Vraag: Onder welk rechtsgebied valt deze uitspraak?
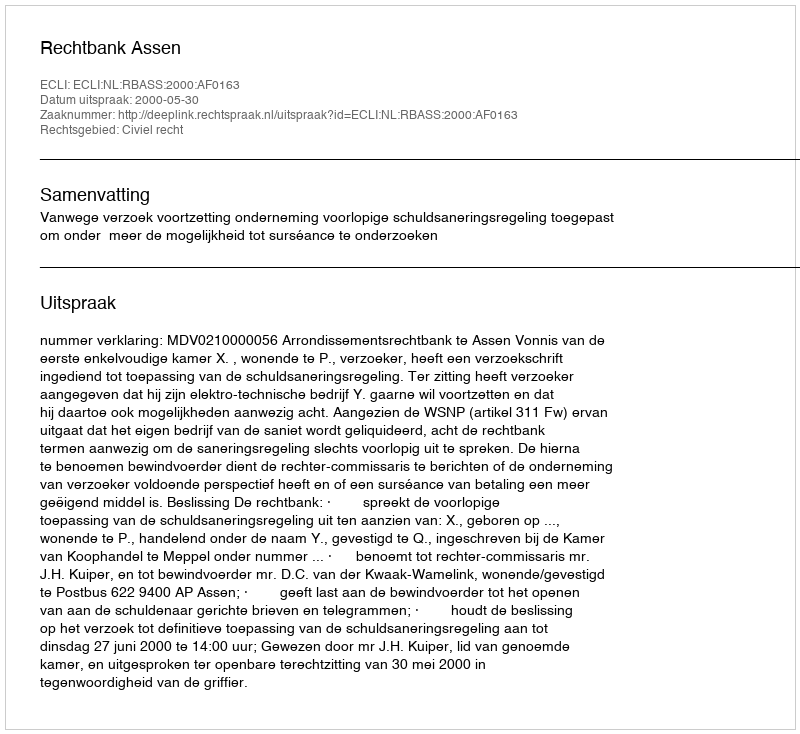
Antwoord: Civiel recht